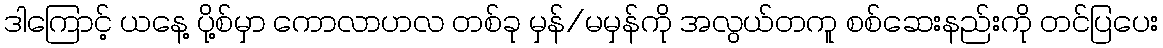
ဒါကြောင့် ယနေ့ ပို့စ်မှာ ကောလာဟလ တစ်ခု မှန်/မမှန်ကို အလွယ်တကူ စစ်ဆေးနည်းကို တင်ပြပေး